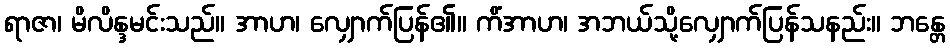
ရာဇာ၊ မိလိန္ဒမင်းသည်။ အာဟ၊ လျှောက်ပြန်၏။ ကိံအာဟ၊ အဘယ်သို့လျှောက်ပြန်သနည်း။ ဘန္တေ